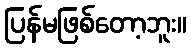
ပြန်မဖြစ်တော့ဘူး။